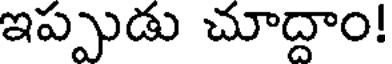
ఇప్పుడు చూద్దాం!